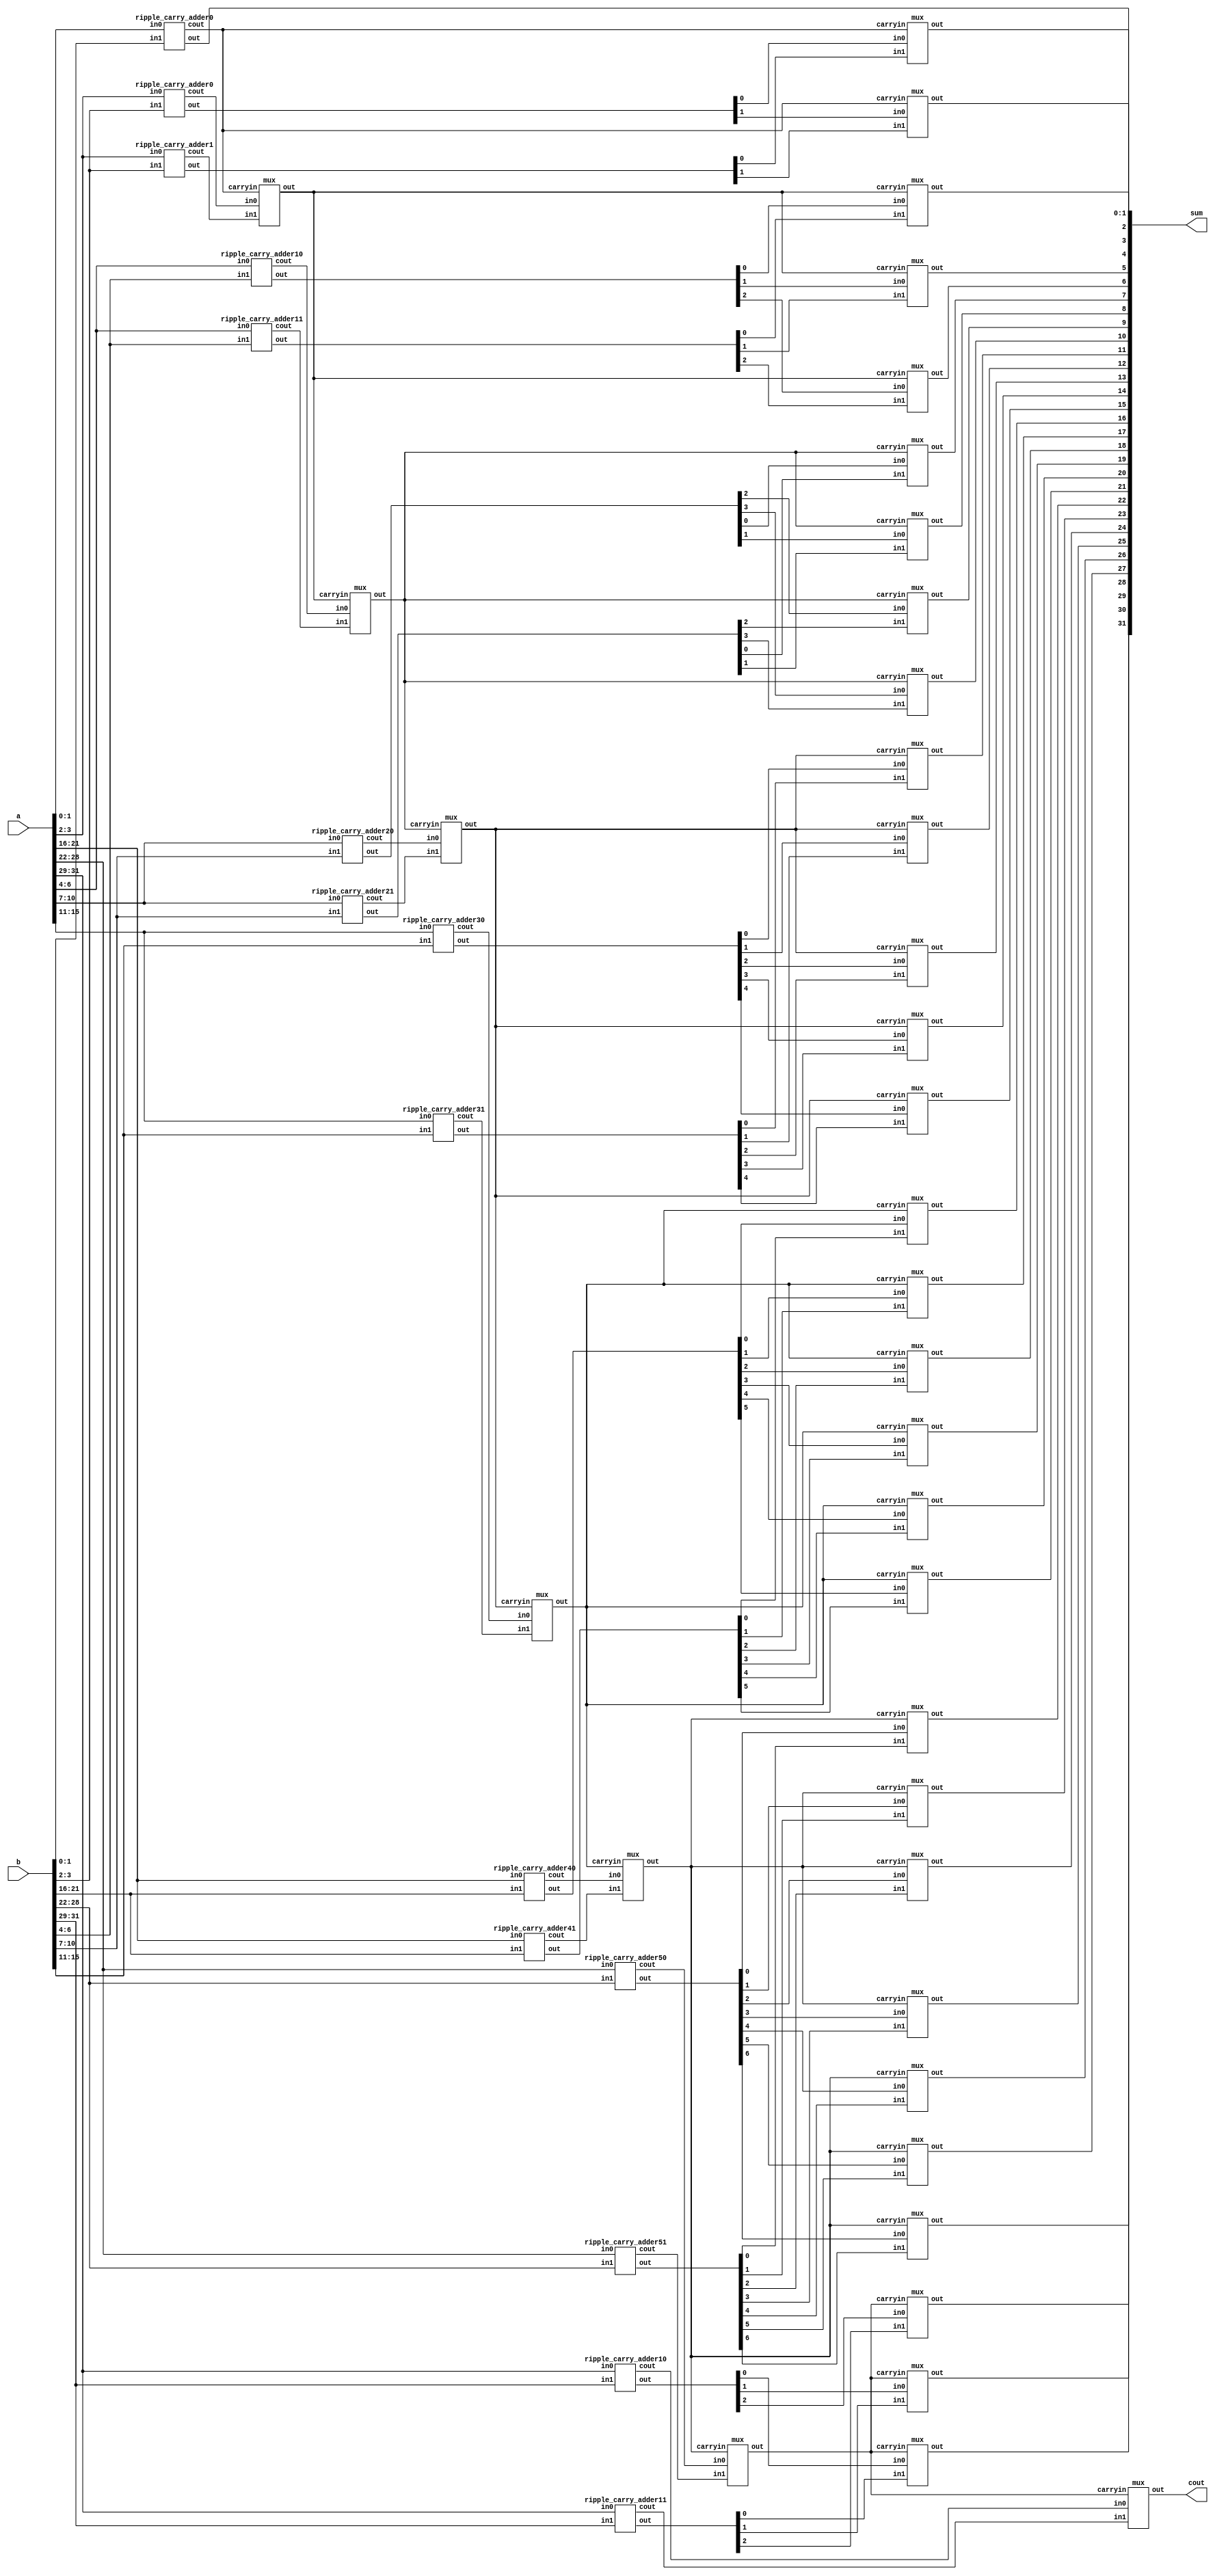

module bitcarryselectgatelevel(a,b,sum,cout);
    input [31:0]a;
    input [31:0]b;
    output [31:0]sum;
    output cout;
    wire [6:0]c1;
	wire [6:0]c0;
	wire cin;
	wire [5:0]c;
	wire [31:0]sum0;
	wire [31:0]sum1;
    ripple_carry_adder0 ra0(a[1:0],b[1:0],sum[1:0],cin);
    ripple_carry_adder0 ra1(a[3:2],b[3:2],sum0[3:2],c0[0]);
    ripple_carry_adder1 ra2(a[3:2],b[3:2],sum1[3:2],c1[0]);
    mux m1(sum0[2],sum1[2],cin,sum[2]);
	mux m2(sum0[3],sum1[3],cin,sum[3]);
	mux m3(c0[0],c1[0],cin,c[0]);
    ripple_carry_adder10 ra3(a[6:4],b[6:4],sum0[6:4],c0[1]);
    ripple_carry_adder11 ra4(a[6:4],b[6:4],sum1[6:4],c1[1]);
	mux m4(sum0[4],sum1[4],c[0],sum[4]);
	mux m5(sum0[5],sum1[5],c[0],sum[5]);
	mux m6(sum0[6],sum1[6],c[0],sum[6]);
	mux m7(c0[1],c1[1],c[0],c[1]);
    ripple_carry_adder20 ra5(a[10:7],b[10:7],sum0[10:7],c0[2]);
    ripple_carry_adder21 ra6(a[10:7],b[10:7],sum1[10:7],c1[2]);
	mux m8(sum0[7],sum1[7],c[1],sum[7]);
	mux m9(sum0[8],sum1[8],c[1],sum[8]);
	mux m10(sum0[9],sum1[9],c[1],sum[9]);
	mux m11(sum0[10],sum1[10],c[1],sum[10]);
	mux m12(c0[2],c1[2],c[1],c[2]);
    ripple_carry_adder30 ra7(a[15:11],b[15:11],sum0[15:11],c0[3]);
    ripple_carry_adder31 ra8(a[15:11],b[15:11],sum1[15:11],c1[3]);
	mux m13(sum0[11],sum1[11],c[2],sum[11]);
	mux m14(sum0[12],sum1[12],c[2],sum[12]);
	mux m15(sum0[13],sum1[13],c[2],sum[13]);
	mux m16(sum0[14],sum1[14],c[2],sum[14]);
	mux m17(sum0[15],sum1[15],c[2],sum[15]);
	mux m18(c0[3],c1[3],c[2],c[3]);
    ripple_carry_adder40 ra9(a[21:16],b[21:16],sum0[21:16],c0[4]);
    ripple_carry_adder41 ra10(a[21:16],b[21:16],sum1[21:16],c1[4]);
	mux m19(sum0[16],sum1[16],c[3],sum[16]);
	mux m20(sum0[17],sum1[17],c[3],sum[17]);
	mux m21(sum0[18],sum1[18],c[3],sum[18]);
	mux m22(sum0[19],sum1[19],c[3],sum[19]);
	mux m23(sum0[20],sum1[20],c[3],sum[20]);
	mux m24(sum0[21],sum1[21],c[3],sum[21]);
	mux m25(c0[4],c1[4],c[3],c[4]);
    ripple_carry_adder50 ra11(a[28:22],b[28:22],sum0[28:22],c0[5]);
    ripple_carry_adder51 ra12(a[28:22],b[28:22],sum1[28:22],c1[5]);
	mux m26(sum0[22],sum1[22],c[4],sum[22]);
	mux m27(sum0[23],sum1[23],c[4],sum[23]);
	mux m28(sum0[24],sum1[24],c[4],sum[24]);
	mux m29(sum0[25],sum1[25],c[4],sum[25]);
	mux m30(sum0[26],sum1[26],c[4],sum[26]);
	mux m31(sum0[27],sum1[27],c[4],sum[27]);
	mux m32(sum0[28],sum1[28],c[4],sum[28]);
	mux m33(c0[5],c1[5],c[4],c[5]);
    ripple_carry_adder10 ra13(a[31:29],b[31:29],sum0[31:29],c0[6]);
    ripple_carry_adder11 ra14(a[31:29],b[31:29],sum1[31:29],c1[6]);
	mux m34(sum0[29],sum1[29],c[5],sum[29]);
	mux m35(sum0[30],sum1[30],c[5],sum[30]);
	mux m36(sum0[31],sum1[31],c[5],sum[31]);
	mux m37(c0[6],c1[6],c[5],cout);
endmodule


module ripple_carry_adder51(in0, in1, out, cout);
	input [6:0] in0;
	input [6:0] in1;
	output [6:0] out;
	output cout;

	wire c1,c2,c3,c4,c5,c6;
	full_adder fa0(in0[0], in1[0], 1'b1, out[0], c1);
	full_adder fa1(in0[1], in1[1], c1, out[1], c2);
    full_adder fa2(in0[2], in1[2], c2, out[2], c3);
    full_adder fa3(in0[3], in1[3], c3, out[3], c4);
    full_adder fa4(in0[4], in1[4], c4, out[4], c5);
	full_adder fa5(in0[5], in1[5], c5, out[5], c6);
	full_adder fa6(in0[6], in1[6], c6, out[6], cout);

endmodule


module ripple_carry_adder50(in0, in1, out, cout);
	input [6:0] in0;
	input [6:0] in1;
	output [6:0] out;
	output cout;

	wire c1,c2,c3,c4,c5,c6;
	full_adder fa0(in0[0], in1[0], 1'b0, out[0], c1);
	full_adder fa1(in0[1], in1[1], c1, out[1], c2);
    full_adder fa2(in0[2], in1[2], c2, out[2], c3);
    full_adder fa3(in0[3], in1[3], c3, out[3], c4);
    full_adder fa4(in0[4], in1[4], c4, out[4], c5);
	full_adder fa5(in0[5], in1[5], c5, out[5], c6);
	full_adder fa6(in0[6], in1[6], c6, out[6], cout);

endmodule


module ripple_carry_adder41(in0, in1, out, cout);
	input [5:0] in0;
	input [5:0] in1;
	output [5:0] out;
	output cout;

	wire c1,c2,c3,c4,c5;
	full_adder fa0(in0[0], in1[0], 1'b1, out[0], c1);
	full_adder fa1(in0[1], in1[1], c1, out[1], c2);
    full_adder fa2(in0[2], in1[2], c2, out[2], c3);
    full_adder fa3(in0[3], in1[3], c3, out[3], c4);
    full_adder fa4(in0[4], in1[4], c4, out[4], c5);
	full_adder fa5(in0[5], in1[5], c5, out[5], cout);

endmodule

module ripple_carry_adder40(in0, in1, out, cout);
	input [5:0] in0;
	input [5:0] in1;
	output [5:0] out;
	output cout;

	wire c1,c2,c3,c4,c5;
	full_adder fa0(in0[0], in1[0], 1'b0, out[0], c1);
	full_adder fa1(in0[1], in1[1], c1, out[1], c2);
    full_adder fa2(in0[2], in1[2], c2, out[2], c3);
    full_adder fa3(in0[3], in1[3], c3, out[3], c4);
    full_adder fa4(in0[4], in1[4], c4, out[4], c5);
	full_adder fa5(in0[5], in1[5], c5, out[5], cout);

endmodule

module ripple_carry_adder31(in0, in1, out, cout);
	input [4:0] in0;
	input [4:0] in1;
	output [4:0] out;
	output cout;

	wire c1,c2,c3,c4;
	full_adder fa0(in0[0], in1[0], 1'b1, out[0], c1);
	full_adder fa1(in0[1], in1[1], c1, out[1], c2);
    full_adder fa2(in0[2], in1[2], c2, out[2], c3);
    full_adder fa3(in0[3], in1[3], c3, out[3], c4);
    full_adder fa4(in0[4], in1[4], c4, out[4], cout);

endmodule

module ripple_carry_adder30(in0, in1, out, cout);
	input [4:0] in0;
	input [4:0] in1;
	output [4:0] out;
	output cout;

	wire c1,c2,c3,c4;
	full_adder fa0(in0[0], in1[0], 1'b0, out[0], c1);
	full_adder fa1(in0[1], in1[1], c1, out[1], c2);
    full_adder fa2(in0[2], in1[2], c2, out[2], c3);
    full_adder fa3(in0[3], in1[3], c3, out[3], c4);
    full_adder fa4(in0[4], in1[4], c4, out[4], cout);

endmodule

    

module ripple_carry_adder21(in0, in1, out, cout);
	input [3:0] in0;
	input [3:0] in1;
	output [3:0] out;
	output cout;

	wire c1,c2,c3;
	full_adder fa0(in0[0], in1[0], 1'b1, out[0], c1);
	full_adder fa1(in0[1], in1[1], c1, out[1], c2);
    full_adder fa2(in0[2], in1[2], c2, out[2], c3);
    full_adder fa3(in0[3], in1[3], c3, out[3], cout);

endmodule


module ripple_carry_adder20(in0, in1, out, cout);
	input [3:0] in0;
	input [3:0] in1;
	output [3:0] out;
	output cout;

	wire c1,c2,c3;
	full_adder fa0(in0[0], in1[0], 1'b0, out[0], c1);
	full_adder fa1(in0[1], in1[1], c1, out[1], c2);
    full_adder fa2(in0[2], in1[2], c2, out[2], c3);
    full_adder fa3(in0[3], in1[3], c3, out[3], cout);

endmodule

module ripple_carry_adder11(in0, in1, out, cout);
	input [2:0] in0;
	input [2:0] in1;
	output [2:0] out;
	output cout;

	wire c1,c2;
	full_adder fa0(in0[0], in1[0], 1'b1, out[0], c1);
	full_adder fa1(in0[1], in1[1], c1, out[1], c2);
    full_adder fa2(in0[2], in1[2], c2, out[2], cout);

endmodule

module ripple_carry_adder10(in0, in1, out, cout);
	input [2:0] in0;
	input [2:0] in1;
	output [2:0] out;
	output cout;

	wire c1,c2;
	full_adder fa0(in0[0], in1[0], 1'b0, out[0], c1);
	full_adder fa1(in0[1], in1[1], c1, out[1], c2);
    full_adder fa2(in0[2], in1[2], c2, out[2], cout);

endmodule

module ripple_carry_adder1(in0, in1, out, cout);
	input [1:0] in0;
	input [1:0] in1;
	output [1:0] out;
	output cout;

	wire c1;
	full_adder fa0(in0[0], in1[0], 1'b1, out[0], c1);
	full_adder fa1(in0[1], in1[1], c1, out[1], cout);

endmodule

module ripple_carry_adder0(in0, in1, out, cout);
	input [1:0] in0;
	input [1:0] in1;
	output [1:0] out;
	output cout;

	wire c1;
	full_adder fa0(in0[0], in1[0], 1'b0, out[0], c1);
	full_adder fa1(in0[1], in1[1], c1, out[1], cout);

endmodule

module mux(in0,in1,carryin,out);
	output out;
	input in0,in1,carryin;
	wire w1,w2,w3;
	not no1(w1,carryin);
	and a0(w2,in0,w1);
	and a1(w3,in1,carryin);
	or o1(out,w2,w3);
endmodule


module full_adder(in0, in1, cin, out, cout);
	input in0, in1, cin;
	output out, cout;

	wire x1,x2,x3;
	xor r1(x1,in0,in1);
	and a1(x3,in0,in1);
	xor r2(out,x1,cin);
	and a2(x2,x1,cin);
	or o1(cout,x2,x3);
endmodule